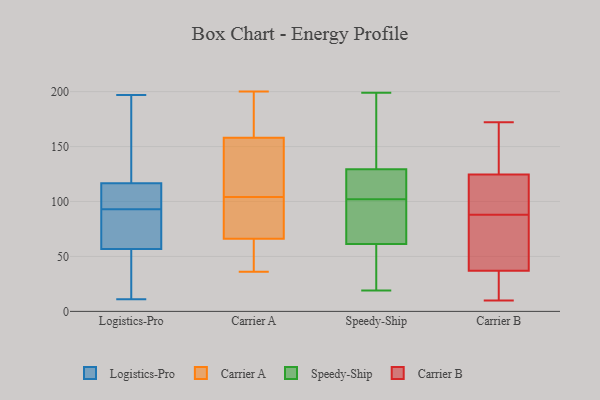
{"axis": {"x": "Temperature (°C)", "y": "Value"}, "legend": ["Carrier A", "Carrier B", "Logistics-Pro", "Speedy-Ship"], "data": [{"x": "", "y": 115, "type": "Logistics-Pro"}, {"x": "", "y": 17, "type": "Logistics-Pro"}, {"x": "", "y": 144, "type": "Logistics-Pro"}, {"x": "", "y": 11, "type": "Logistics-Pro"}, {"x": "", "y": 61, "type": "Logistics-Pro"}, {"x": "", "y": 99, "type": "Logistics-Pro"}, {"x": "", "y": 110, "type": "Logistics-Pro"}, {"x": "", "y": 53, "type": "Logistics-Pro"}, {"x": "", "y": 91, "type": "Logistics-Pro"}, {"x": "", "y": 197, "type": "Logistics-Pro"}, {"x": "", "y": 58, "type": "Logistics-Pro"}, {"x": "", "y": 121, "type": "Logistics-Pro"}, {"x": "", "y": 93, "type": "Logistics-Pro"}, {"x": "", "y": 69, "type": "Carrier A"}, {"x": "", "y": 200, "type": "Carrier A"}, {"x": "", "y": 143, "type": "Carrier A"}, {"x": "", "y": 43, "type": "Carrier A"}, {"x": "", "y": 37, "type": "Carrier A"}, {"x": "", "y": 102, "type": "Carrier A"}, {"x": "", "y": 103, "type": "Carrier A"}, {"x": "", "y": 194, "type": "Carrier A"}, {"x": "", "y": 36, "type": "Carrier A"}, {"x": "", "y": 139, "type": "Carrier A"}, {"x": "", "y": 197, "type": "Carrier A"}, {"x": "", "y": 158, "type": "Carrier A"}, {"x": "", "y": 159, "type": "Carrier A"}, {"x": "", "y": 142, "type": "Carrier A"}, {"x": "", "y": 105, "type": "Carrier A"}, {"x": "", "y": 82, "type": "Carrier A"}, {"x": "", "y": 66, "type": "Carrier A"}, {"x": "", "y": 41, "type": "Carrier A"}, {"x": "", "y": 124, "type": "Speedy-Ship"}, {"x": "", "y": 116, "type": "Speedy-Ship"}, {"x": "", "y": 70, "type": "Speedy-Ship"}, {"x": "", "y": 26, "type": "Speedy-Ship"}, {"x": "", "y": 19, "type": "Speedy-Ship"}, {"x": "", "y": 131, "type": "Speedy-Ship"}, {"x": "", "y": 132, "type": "Speedy-Ship"}, {"x": "", "y": 199, "type": "Speedy-Ship"}, {"x": "", "y": 26, "type": "Speedy-Ship"}, {"x": "", "y": 94, "type": "Speedy-Ship"}, {"x": "", "y": 134, "type": "Speedy-Ship"}, {"x": "", "y": 105, "type": "Speedy-Ship"}, {"x": "", "y": 59, "type": "Speedy-Ship"}, {"x": "", "y": 102, "type": "Speedy-Ship"}, {"x": "", "y": 68, "type": "Speedy-Ship"}, {"x": "", "y": 88, "type": "Carrier B"}, {"x": "", "y": 97, "type": "Carrier B"}, {"x": "", "y": 168, "type": "Carrier B"}, {"x": "", "y": 10, "type": "Carrier B"}, {"x": "", "y": 172, "type": "Carrier B"}, {"x": "", "y": 51, "type": "Carrier B"}, {"x": "", "y": 110, "type": "Carrier B"}, {"x": "", "y": 38, "type": "Carrier B"}, {"x": "", "y": 110, "type": "Carrier B"}, {"x": "", "y": 170, "type": "Carrier B"}, {"x": "", "y": 51, "type": "Carrier B"}, {"x": "", "y": 34, "type": "Carrier B"}, {"x": "", "y": 12, "type": "Carrier B"}]}